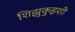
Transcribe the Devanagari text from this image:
शिझुकुइशी